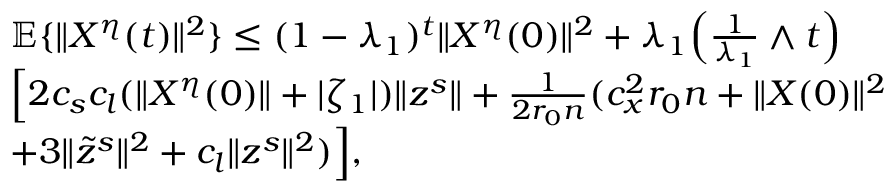
\begin{array} { r l } & { \mathbb { E } \{ \| X ^ { \eta } ( t ) \| ^ { 2 } \} \le ( 1 - \lambda _ { 1 } ) ^ { t } \| X ^ { \eta } ( 0 ) \| ^ { 2 } + \lambda _ { 1 } \Big ( \frac { 1 } { \lambda _ { 1 } } \wedge t \Big ) } \\ & { \Big [ 2 c _ { s } c _ { l } ( \| X ^ { \eta } ( 0 ) \| + | \zeta _ { 1 } | ) \| z ^ { s } \| + \frac { 1 } { 2 r _ { 0 } n } ( c _ { x } ^ { 2 } r _ { 0 } n + \| X ( 0 ) \| ^ { 2 } } \\ & { + 3 \| \tilde { z } ^ { s } \| ^ { 2 } + c _ { l } \| z ^ { s } \| ^ { 2 } ) \Big ] , } \end{array}